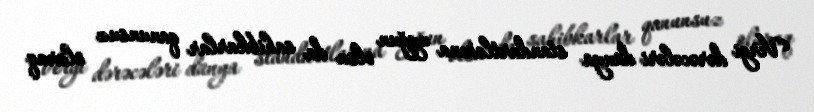
Vergi dərəcələri dünya standartlarına uyğun olsa da sahibkarlar qanunsuz olaraq